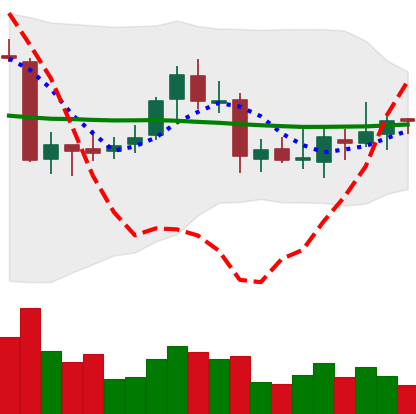
Ticker: ETC-USD
Chart end date: 2018-07-28
Forward return: -11.583%
Label: down_7plus